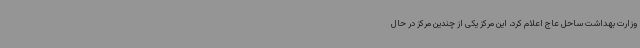
وزارت بهداشت ساحل عاج اعلام کرد، این مرکز یکی از چندین مرکز در حال